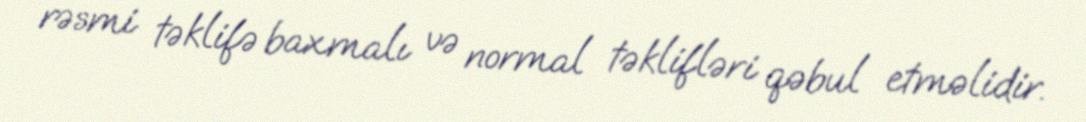
rəsmi təklifə baxmalı və normal təklifləri qəbul etməlidir.